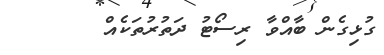
ގުޅިގެން ބާއްވާ ރިސޯޓު ދަތުރުތަކެއް